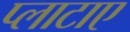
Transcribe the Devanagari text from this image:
प्लाटाए